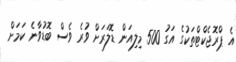
އެ ޕްރޮޖެކްޓްތަކުގެ އަގު 500 މިލިއަން ޑޮލަރަށް ވުރެ ވެސް ބޮޑުވާނެ ކަމަށް